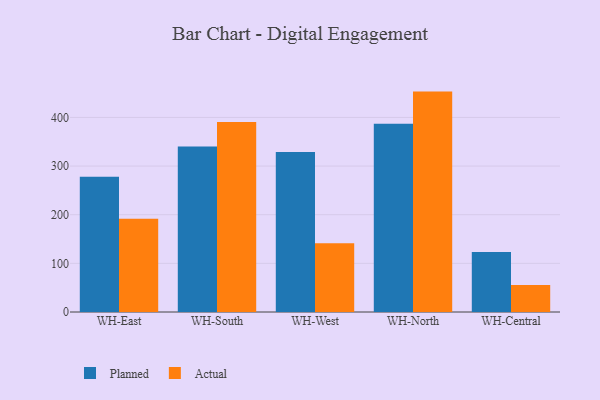
{"axis": {"x": "Warehouse", "y": "Energy Usage (MWh)"}, "legend": ["Actual", "Planned"], "data": [{"x": "WH-East", "y": 278.2, "type": "Planned"}, {"x": "WH-East", "y": 191.7, "type": "Actual"}, {"x": "WH-South", "y": 340.0, "type": "Planned"}, {"x": "WH-South", "y": 390.6, "type": "Actual"}, {"x": "WH-West", "y": 329.1, "type": "Planned"}, {"x": "WH-West", "y": 141.1, "type": "Actual"}, {"x": "WH-North", "y": 387.1, "type": "Planned"}, {"x": "WH-North", "y": 453.1, "type": "Actual"}, {"x": "WH-Central", "y": 123.4, "type": "Planned"}, {"x": "WH-Central", "y": 55.7, "type": "Actual"}]}